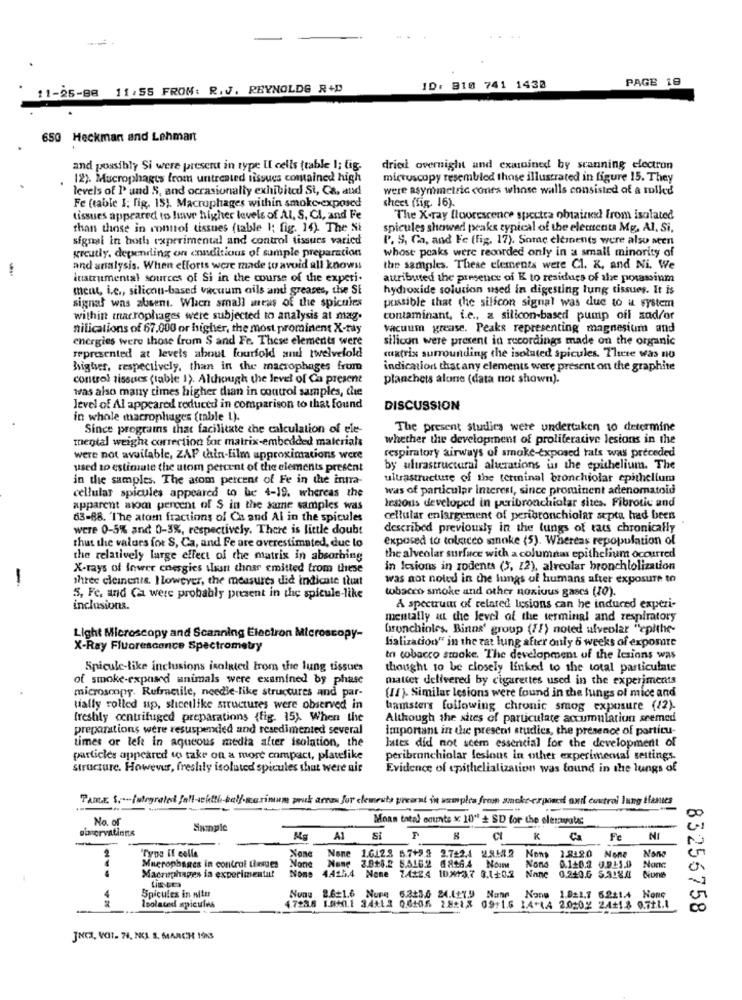
....
PAGE 19
11-25-88 11:55 FROM: R.J. REYNOLDS R+D
ID: 810 741 1430
650 Heckman and Lehmart
and possibly Si were present in type Il cells trable 1; fig.
drie overnight and examined by scanning electron
12). Mucrophages from untreated tissues contained high
microscopy resembled those illustrated in figure 15. They
levels of 1' und 5, and occasionally exhibited Si, Ca, aud
were asymmetric conit's whose walls consisted of a rolled
Fe (table 1; fig. 15). Macrophages within smoke-exposed
sheet (fig. 16).
tissues appeared to live higher levels of Al, S, Cl, and Fe
The X-ray fluorescence spectra obtainkx! from isolated
than those in control tissues (table 1; fig. 14) The Si
spicules showed peaks typical of the elements Mg, Al. Si,
signal in both experimental and control tissues varied
P. S, Ga, and Fe (fig. 17). Some elements were also seen
whose peaks were recorded only in a small minority of
greatly, depending on conditions of sample preparation
-
and analysis. When efforts were made to avoid all knows
the samples. These elements were Cl. X, and Ni. We
instrumental sources of Si in the course of the experi-
attributed the presence of K to residues of the potassium
meut, i.e ., silicon-based vacuum oils and greases, the SE
hydroxide solucion used in digesting lung tissues. It is
possible that the silicon signal was due to a system
signal was absent. When small aneus of the spicules
within macrophages were subjected to analysis at mag.
contaminant, i.e ., z silicon-based pump off sad/or
nilications of 67,000 or higher, the most prominent X-ray
vacuum grease. Peaks representing magnesium and
energies were those from S and Fe. These elements were
silicon were present in recordings made on the organic
represented at levels about fourfold and twelvefold
matrix surrounding the isolated spicules. There was no
highves, respectively, than in the macrophages from
indication that any elements were present on the graphite
control tissues (table 1). Although the level of Ça present
planchets alone (data not shown).
was also many times higher dian in control samples, the
level of Al appeared reduced in comparison to that found
DISCUSSION
in whole macrophages (table L).
Since programs that facilitate the calculation of ele-
The present studies were undertaken to determine
mental weight correction for matrix-embedded materials
whether the development of proliferative lesions in the
respiratory airways of smoke-exposed rals was preceded
were not available, ZAP thin-film approximations were
used to estimate the atom percent of the elements present
by ultrastructural alterations is the epithelium. The
in the samples. The atom percent of Fe in the intra-
ultrastructure of the terminal bronchiolar epithelium
was of particular Interest, since prominent adenomatoid
cellular spicules appeared to be 4-19. whereas the
lestonis developed in peribronchiolar sites. Fibrotic and
apparent alom percent of S in the same samples was
63-88. The atom fractions of Cs and Al in the spicules
cellular enlargement of peribronchiolar septa had been
were 0-5% and 0-3%, respectively. There is little doubt
described previously in the lungs of tats chronically
thus the values for S, Ca, and Fe are overestimated, duc lo
exposed to tolacco smoke (5). Whereas repopulation of
the relatively large effect of the matrix in absorbing
the alveolar surface with a columnar epithelium occurred
X-rays of Inwer energies wasn thear emitted from these
in lesions in rodents (3, 22), alveolar bronchiolization
three cleinenis. Iloweyer, the measures did indicate that
was not noled in the lungs of humans after exposure to
tobacco smoke and other noxious gases (10).
5, Fe. and Ca were probably present in the spicule-like
inclusions.
A spectrum of related lesions can he induced experi-
mentally at the level of the terminal and respiratory
bronchioles. Binns' group (f!) noted alveolar "epithe-
Light Microscopy and Scanning Electron Microscopy-
bialization" in the rat lung after only 6 weeks of exporte
X-Ray Fluorescence Spectrometry
tn cobacco smoke. The development of the lesions was
Spicule-like inclusions isolated From the lung tissues
thought to be closely linked to the total particulate
of smoke-exposed animals were examined by phase
matter delivered by cigarettes used in the experiments
microscopy. Refratile, needle-like structures and par-
(If) Similar lesions were found in the lungs of mice and
tially rolled up, sheetlike structures were observed in
hamsters following chronic smog exposure (12).
freshly centrifuged preparations (fig. 15). When the
Although the sites of particulate accumulation seemed
preparations were resuspended and resedimented several
important in the present studies, the presence of particu-
times or left in aqueous media after isolation, the
lates did not seem essencial for the development of
particles appeared to take on a more compact, platelike
peribronchiolar lesions in other experimenaf settings.
structure. However, freshly isolated spicules that were air
Evidence of epithelialization was found in the lungs of
PARLE $ .- (ulgrated fall-achtth-half.marinum pruk arras for elemeuty preorni in samples from smoke-crpossi and control lung ifantes
No. of
Moan total counte x 10" # SD for the eleravate
Sample
A1
Ct
Ca
Fe
NI
"Type Il colle
2
1.6128 5.7+9 3.7424 2.818.2
Nonp
1.832.0 None
Nono
Macrophages in control thesues
3.9+8.2 5.516.2 6846.4 Noun
Nond
0.140.2 3.911.9 Nonc
4
Macrophages in experimental
None 4.425.4 None 7412.4 10#13.7 0.1+0.2
0.240.6 5.318A NonB
4
Spicules in situ
Isolated spicules
Nonu 2.6:1.6 Nure 6.333,6 24.117.9 Nann Nane 1.821,7 6221.4 None
4723.8 1.840.1 34+12 0.6105 2.8:18 09:1.6 1.4+14 20202 24+18 0.721.1
83256758
JNCI, VOIT. 74, NC1. 5, MARCH IONS